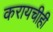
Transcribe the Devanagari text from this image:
करायचीही